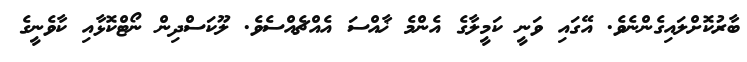
ބާރުކޮށްލައިގެންނެވެ. އޭގައި ވަނީ ކަމީލާގެ އެންމެ ޚާއްސަ އެއްޗެއްސެވެ. ލޫކަސްދިން ނޯޓްކޮޅާއި ކާވެނީގެ